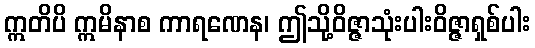
ဣတိပိ ဣမိနာစ ကာရဏေန၊ ဤသို့ဝိဇ္ဇာသုံးပါးဝိဇ္ဇာရှစ်ပါး